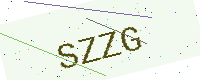
Text: SZZG